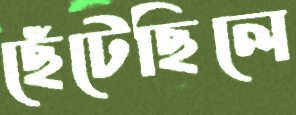
ছেঁটেছিলে